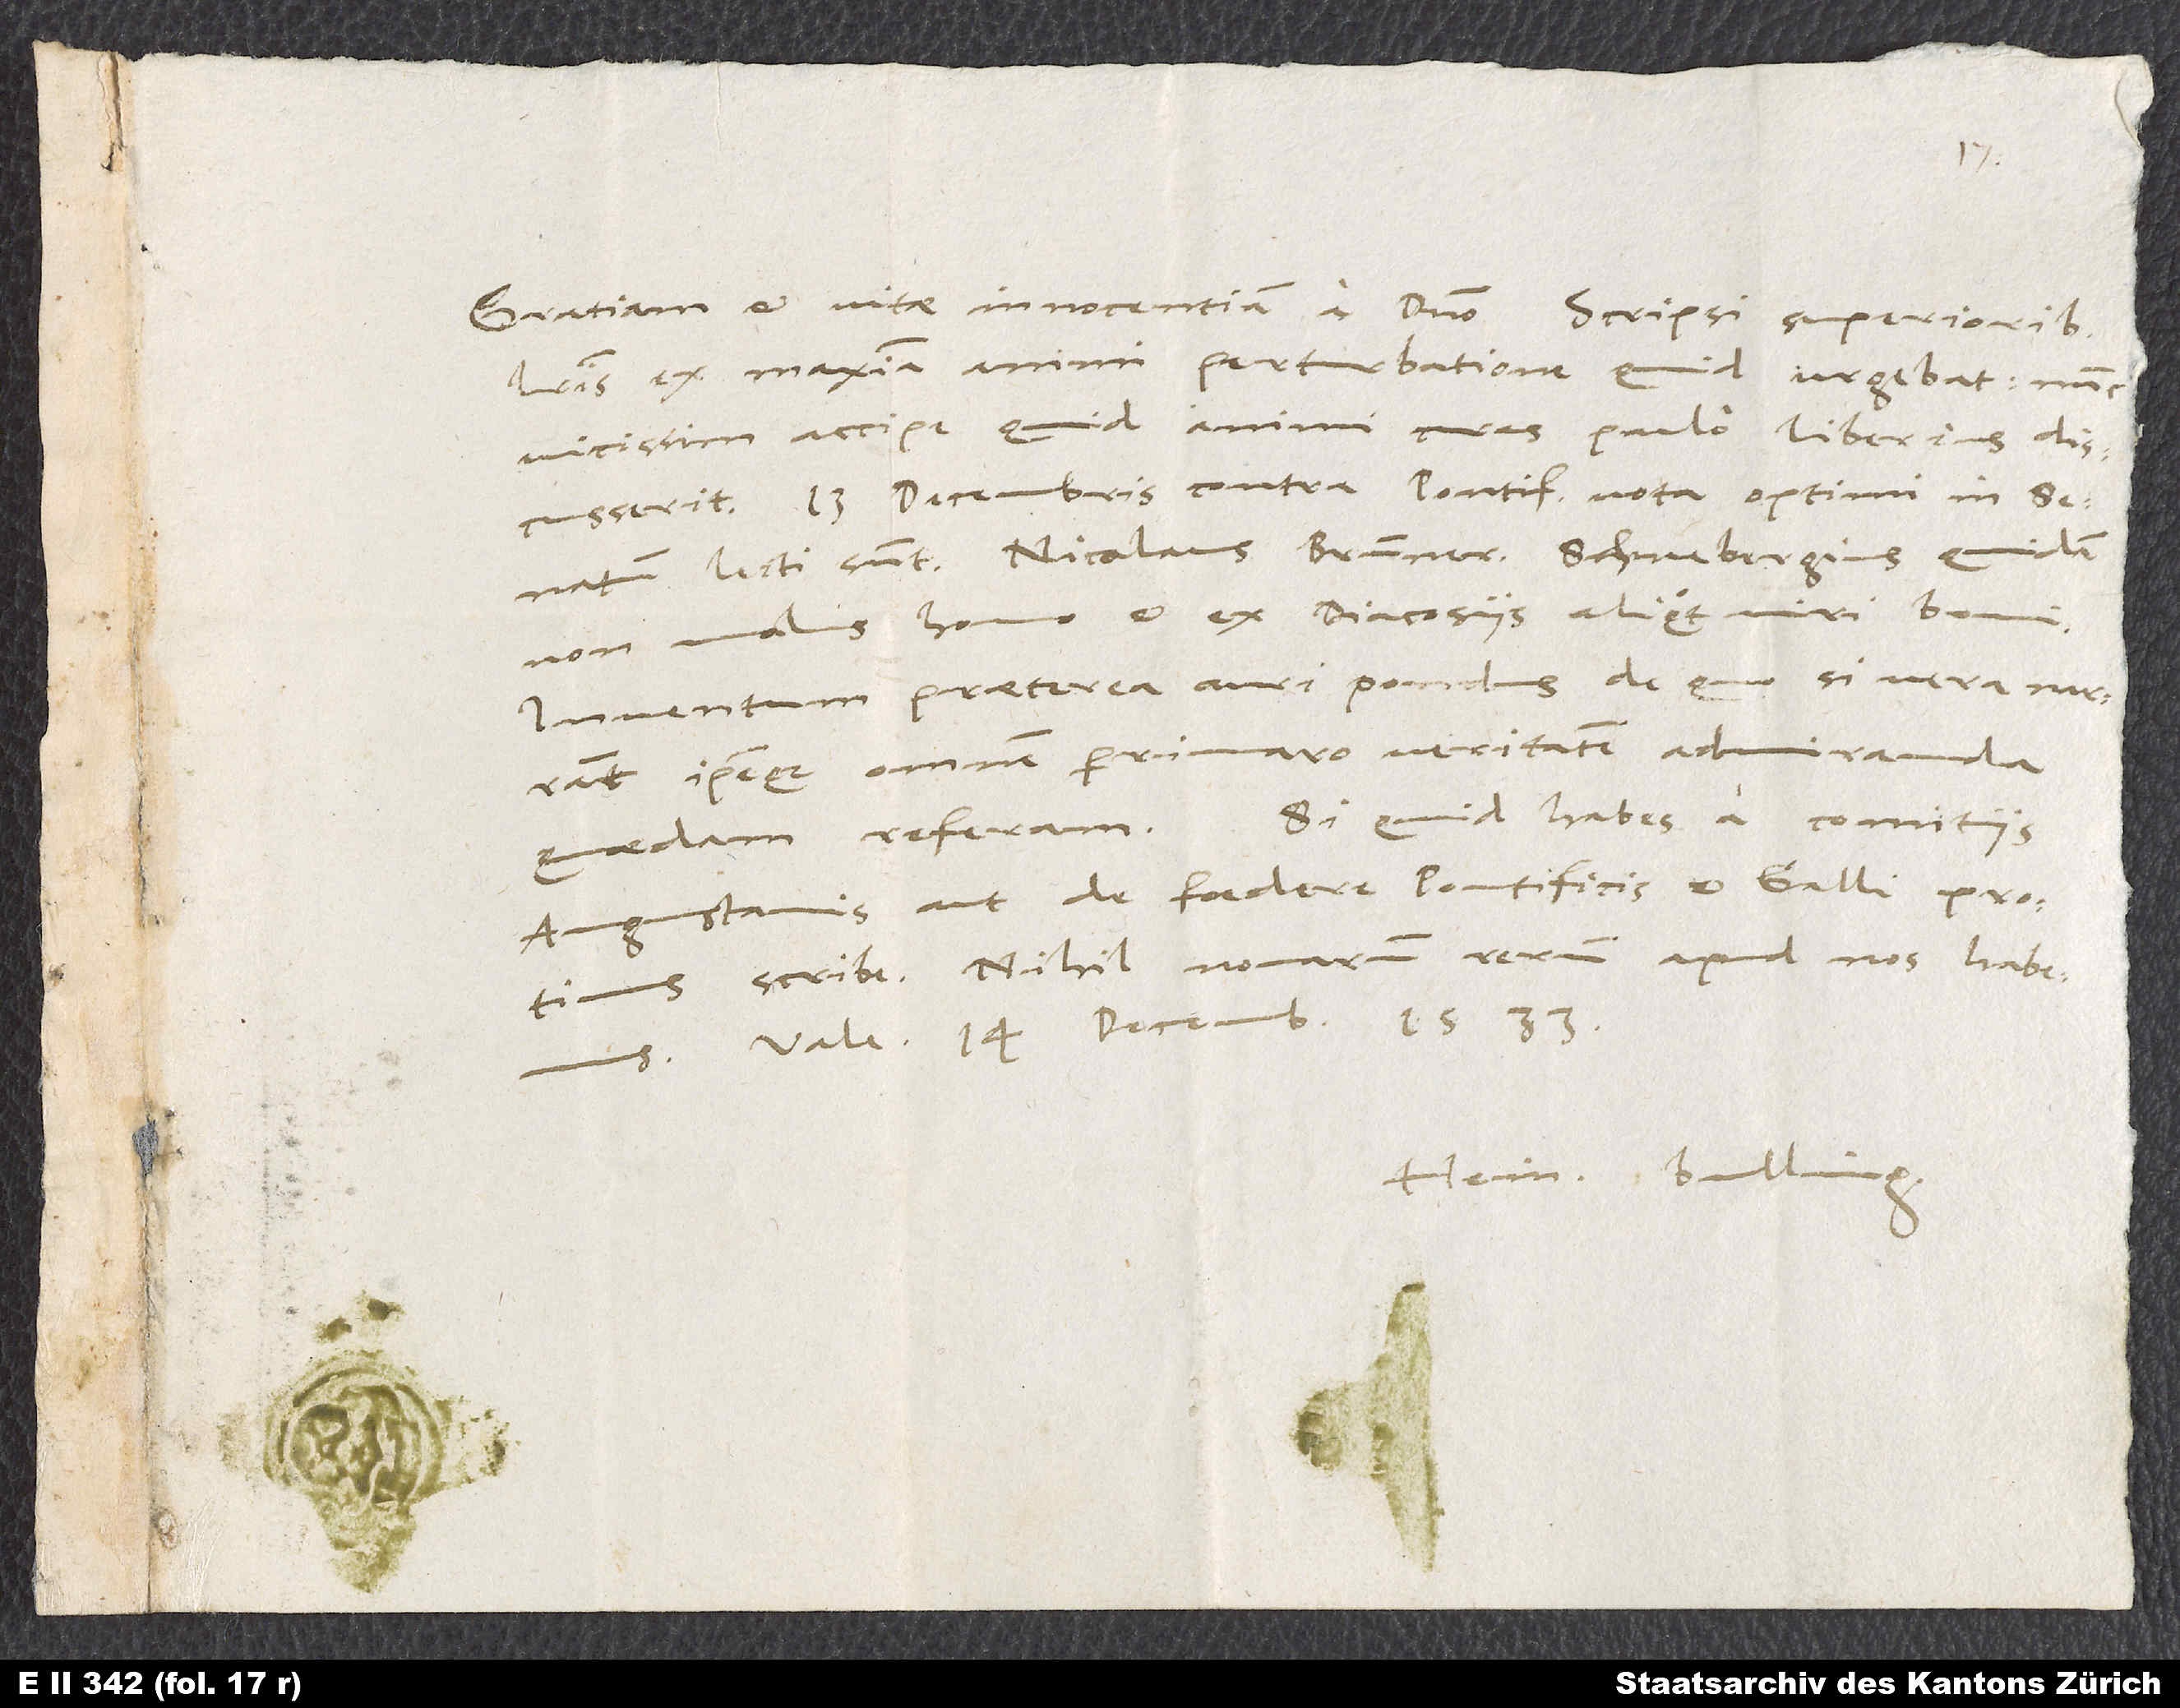
litteris ex maxima animi perturbatione, quid urgebat . Nunc
vicissim accipe, quid animi curas paulo liberius discusserit.
decembris contra pontificiorum vota optimi in senatum
lecti sunt: Nicolaus Brunner, Schneebergius quidam,
non malus homo, et ex diacosiis aliquot viri boni.
Inventum praeterea auri pondus, de quo, si vera narrant
ipseque omnem perrimaro veritatem, admiranda
Augustanis aut de foedere pontificis et Galli, protinus
scribe. Nihil novarum rerum apud nos habemus.
Hein. Bulling.